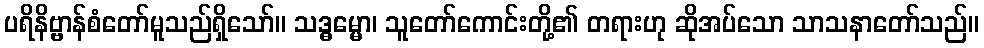
ပရိနိဗ္ဗာန်စံတော်မူသည်ရှိသော်။ သဒ္ဓမ္မော၊ သူတော်ကောင်းတို့၏ တရားဟု ဆိုအပ်သော သာသနာတော်သည်။